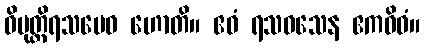
ဝိမုတ္တိရသမေဝ ဟောတိ။ ဧဝံ ရသဝသေန ဧကဝိဓံ။